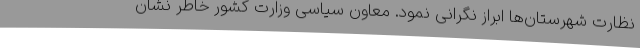
نظارت شهرستان‌ها ابراز نگرانی نمود. معاون سیاسی وزارت کشور خاطر نشان